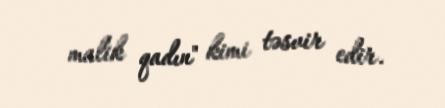
malik qadın" kimi təsvir edir.